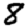
Digit: 8